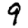
Digit: 9